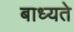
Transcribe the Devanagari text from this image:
बाध्यते